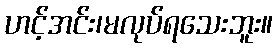
ဟင့်အင်း၊မလုပ်ရသေးဘူး။